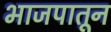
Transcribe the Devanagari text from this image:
भाजपातून